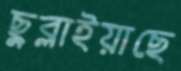
ছুব্‌লাইয়াছে